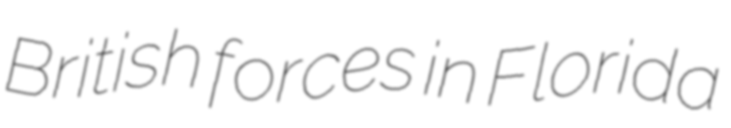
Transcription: British forces in Florida